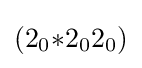
(2_{0}{*}2_{0}2_{0})